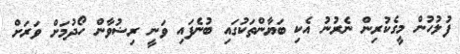
ފުލުހުން މީގެކުރިން ނެރުނު އެކި ބަޔާންތަކުގައި ބުނެފައި ވަނީ ރިޟުވާން ހޯދުމަށް ވަރަށް